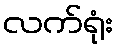
လက်ရုံး